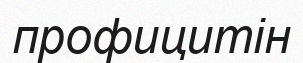
профицитін